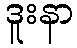
ဒူးနာ